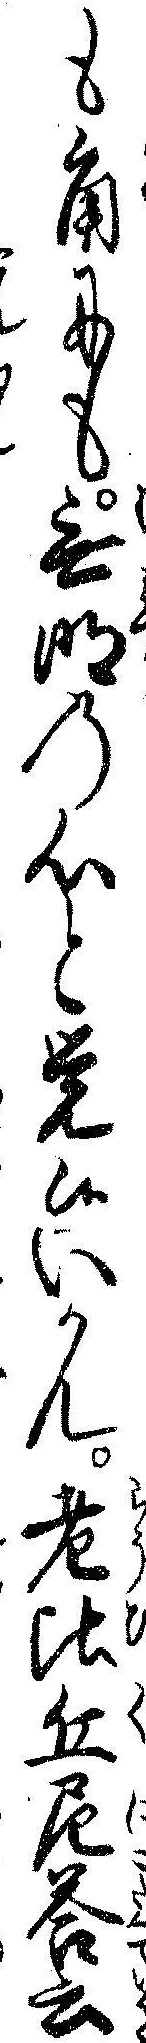
も角にも無明の心と覚候いかん老比丘尼答云